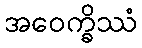
အဝေက္ခိဿံ